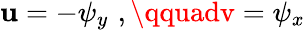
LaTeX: \mathbf{u}=-\psi_{y}\, \, ,\qquadv=\psi_{x}